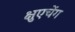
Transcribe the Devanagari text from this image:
क्षुएचेंग